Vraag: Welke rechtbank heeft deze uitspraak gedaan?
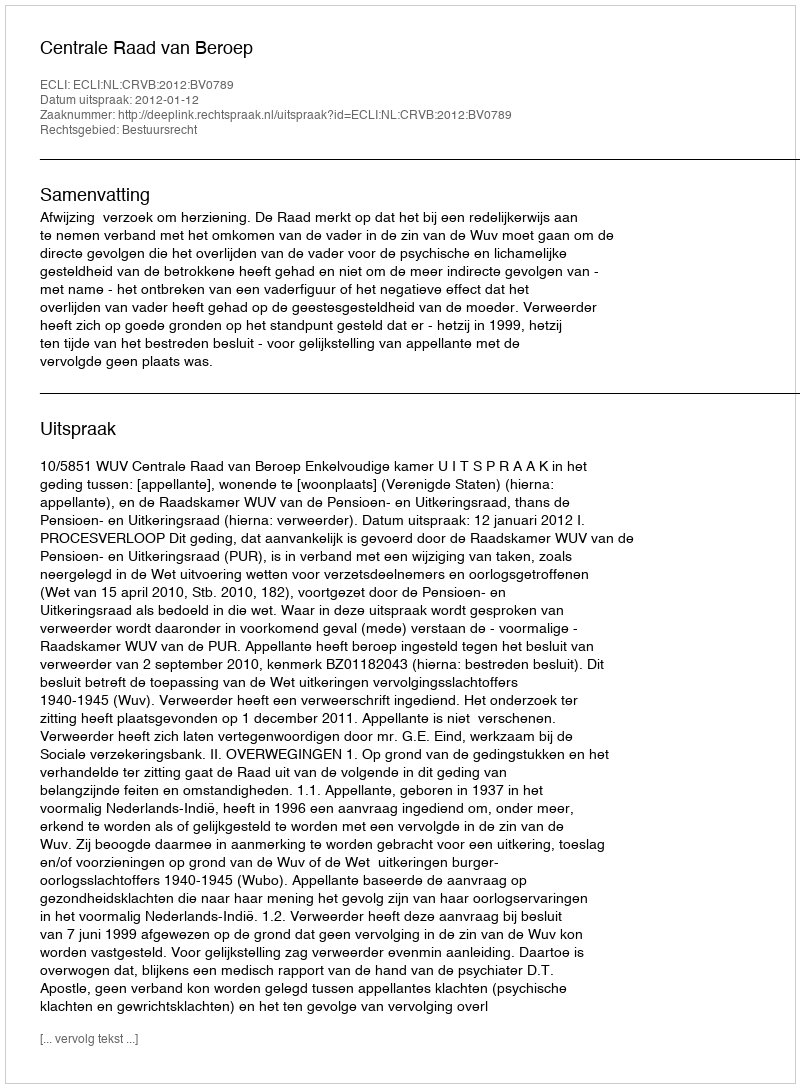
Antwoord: Centrale Raad van Beroep